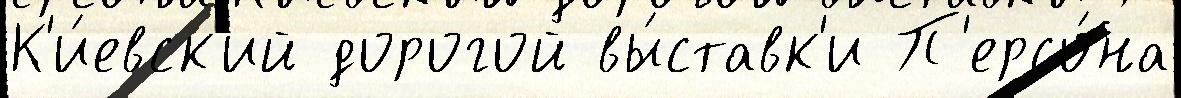
К'и́евск'ий дорогой вы́ставк'и П'ерсо́на